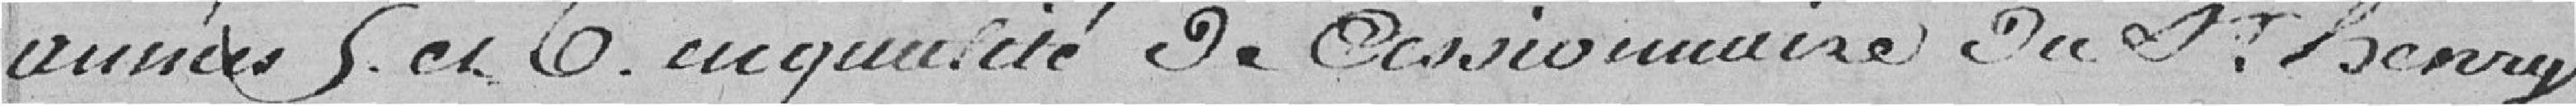
années 5 et 6 en qualité de cessionnaire de St Berry